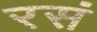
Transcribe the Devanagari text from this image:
रसं